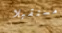
مستقبلا